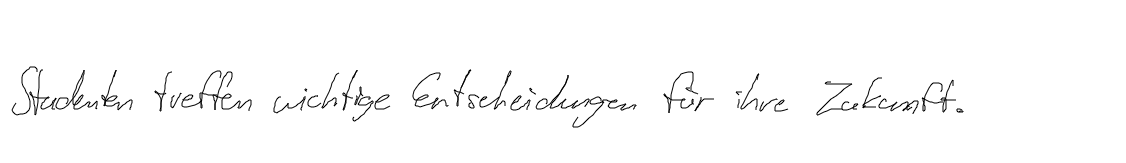
Studenten treffen wichtige Entscheidungen über ihre Zukunft.